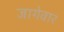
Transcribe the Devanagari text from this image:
जागेवार